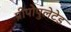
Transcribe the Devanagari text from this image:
प्रीपोपुलेटेड